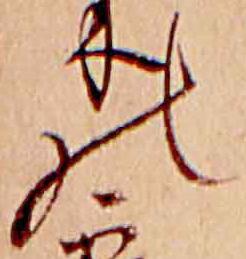
の